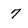
Character: 7